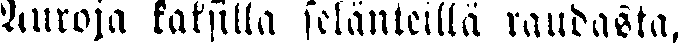
Auroja kaksilla selänteillä raudasta,